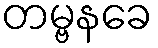
တမ္ဗနခေ